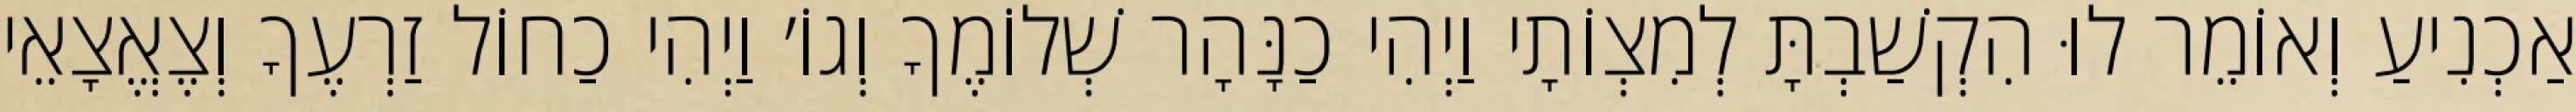
אַכְנִיעַ וְאוֹמֵר לוּ הִקְשַׁבְתָּ לְמִצְוֹתָי וַיְהִי כַנָּהָר שְׁלוֹמֶךָ וְגוֹ׳ וַיְהִי כַחוֹל זַרְעֶךָ וְצֶאֱצָאֵי